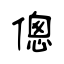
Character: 傯